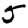
Digit: 5